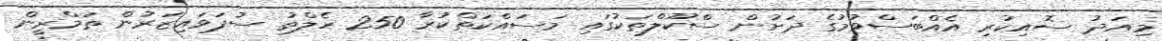
މިއަދު ސޮއިކުރި އެއްބަސްވުމުގެ ދަށުން ސްކޫލްތަކުގައި މަސައްކަތްކުރާ 250 ހެލްތު ސުޕަވައިޒަރުން ތަމްރީން